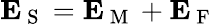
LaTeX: \boldsymbol{\mathbf{E}}_{\mathrm{~S~}}=\boldsymbol{\mathbf{E}}_{\mathrm{~M~}}+\boldsymbol{\mathbf{E}}_{\mathrm{~F~}}